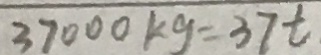
3 7 0 0 0 k g = 3 7 t